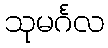
သုမင်္ဂလ